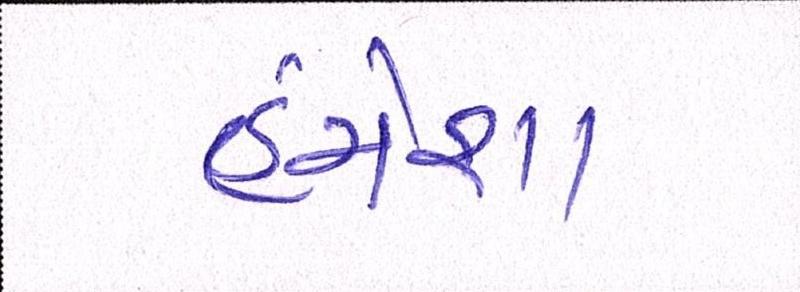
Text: હંમેશા